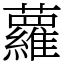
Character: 蘿